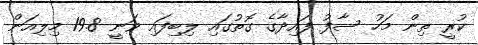
ކުރީ ތިން މަހު ސާފު ފައިދާގެ ގޮތުގައި ލިބިފައި ވަނީ 19.8 މިލިއަން